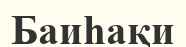
Баиһақи